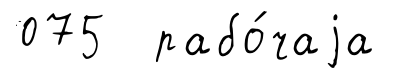
075 рабо́чаjа